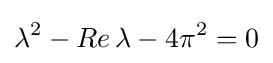
\lambda ^{2}-Re\,\lambda -4\pi ^{2}=0